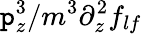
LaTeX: \mathtt{p}_{z}^{3}/m^{3}\partial_{z}^{2}f_{lf}